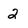
Character: 2